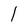
Character: I